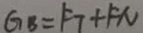
G _ { B } = F _ { 7 } + F N